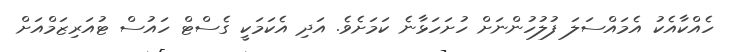
ހެއްކާއެކު އެމައްސަލަ ފުލުހުންނަށް ހުށަހަޅާނެ ކަަމަށެވެ. އަދި އެކަމަކީ ގެސްޓް ހައުސް ޓުއަރިޒަމްއަށް